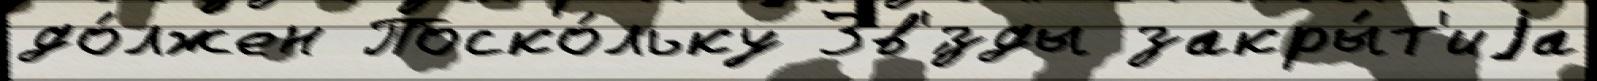
до́лжен Поско́льку Зв'́зды закры́т'иjа